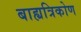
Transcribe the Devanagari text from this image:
बाह्यत्रिकोण